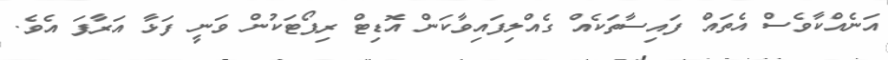
އަނެއްކާވެސް އެތައް ފައިސާތަކެއް ގެއްލިފައިވާކަން އޮޑިޓް ރިޕޯޓަކުން ވަނީ ފަޅާ އަރާފަ އެވެ.